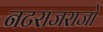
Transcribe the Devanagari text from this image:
नटराजराजो